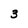
Character: 3